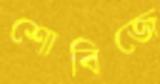
শোবিজে